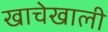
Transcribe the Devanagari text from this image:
खाचेखाली